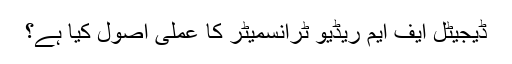
ڈیجیٹل ایف ایم ریڈیو ٹرانسمیٹر کا عملی اصول کیا ہے؟